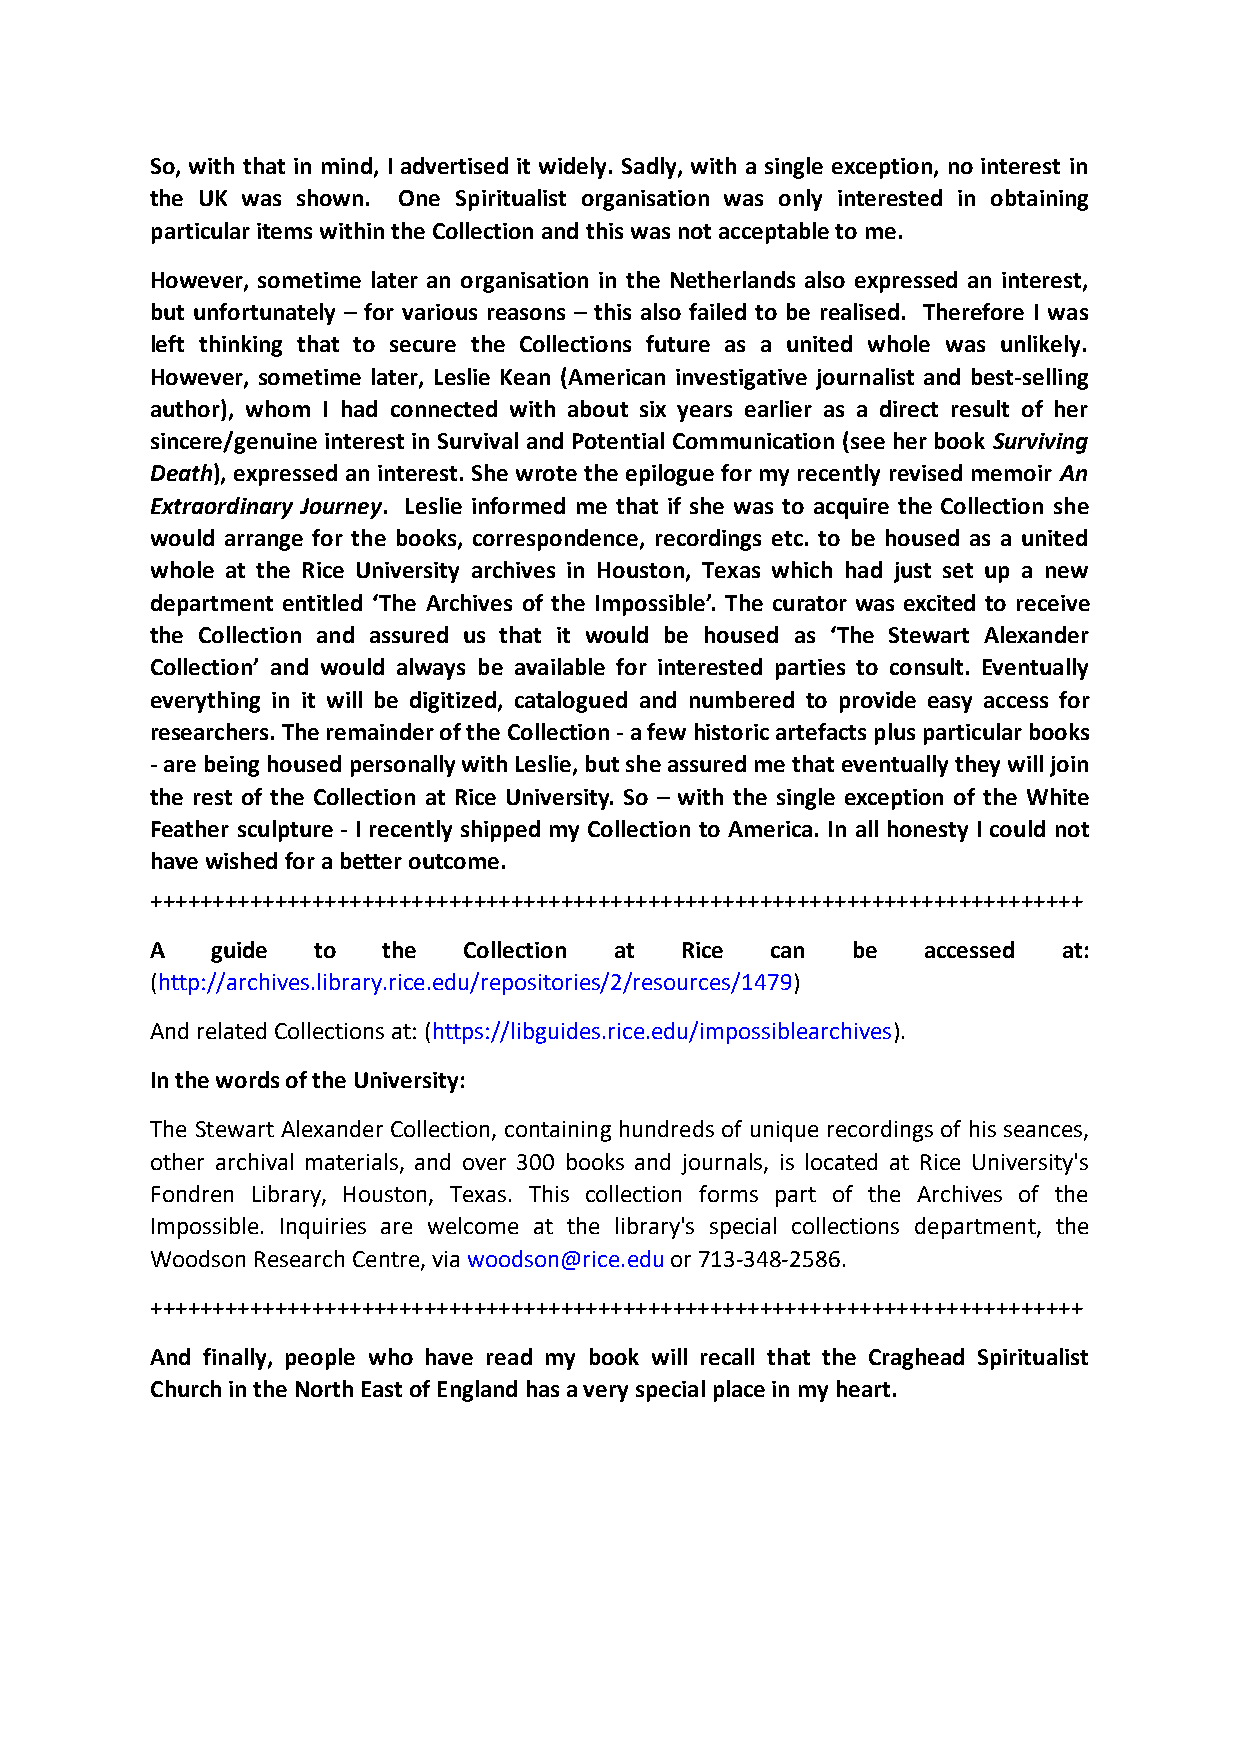
So, with that in mind, I advertised it widely. Sadly, with a single exception, no interest in
 the UK was shown. One Spiritualist organisation was only interested in obtaining
 particular items within the Collection and this was not acceptable to me.
 However, sometime later an organisation in the Netherlands also expressed an interest,
 but unfortunately – for various reasons – this also failed to be realised. Therefore I was
 left thinking that to secure the Collections future as a united whole was unlikely.
 However, sometime later, Leslie Kean (American investigative journalist and best-selling
 author), whom I had connected with about six years earlier as a direct result of her
 sincere/genuine interest in Survival and Potential Communication (see her book Surviving
 Death), expressed an interest. She wrote the epilogue for my recently revised memoir An
 Extraordinary Journey. Leslie informed me that if she was to acquire the Collection she
 would arrange for the books, correspondence, recordings etc. to be housed as a united
 whole at the Rice University archives in Houston, Texas which had just set up a new
 department entitled ‘The Archives of the Impossible’. The curator was excited to receive
 the Collection and assured us that it would be housed as ‘The Stewart Alexander
 Collection’ and would always be available for interested parties to consult. Eventually
 everything in it will be digitized, catalogued and numbered to provide easy access for
 researchers. The remainder of the Collection - a few historic artefacts plus particular books
 - are being housed personally with Leslie, but she assured me that eventually they will join
 the rest of the Collection at Rice University. So – with the single exception of the White
 Feather sculpture - I recently shipped my Collection to America. In all honesty I could not
 have wished for a better outcome.
 +++++++++++++++++++++++++++++++++++++++++++++++++++++++++++++++++++++++++++
 A   guide  to  the   Collection at Rice  can  be   accessed at:
 (http://archives.library.rice.edu/repositories/2/resources/1479)
 And related Collections at: (https://libguides.rice.edu/impossiblearchives).
 In the words of the University:
 The Stewart Alexander Collection, containing hundreds of unique recordings of his seances,
 other archival materials, and over 300 books and journals, is located at Rice University's
 Fondren Library, Houston, Texas. This collection forms part of the Archives of the
 Impossible. Inquiries are welcome at the library's special collections department, the
 Woodson Research Centre, via woodson@rice.edu or 713-348-2586.
 +++++++++++++++++++++++++++++++++++++++++++++++++++++++++++++++++++++++++++
 And finally, people who have read my book will recall that the Craghead Spiritualist
 Church in the North East of England has a very special place in my heart.